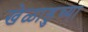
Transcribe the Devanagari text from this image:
खेळाडुच्या